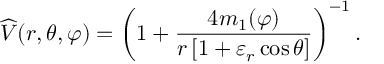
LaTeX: { \widehat { V } } ( r , \theta , \varphi ) = \left( 1 + { \frac { 4 m _ { 1 } ( \varphi ) } { r \left[ 1 + \varepsilon _ { r } \cos \theta \right] } } \right) ^ { - 1 } .